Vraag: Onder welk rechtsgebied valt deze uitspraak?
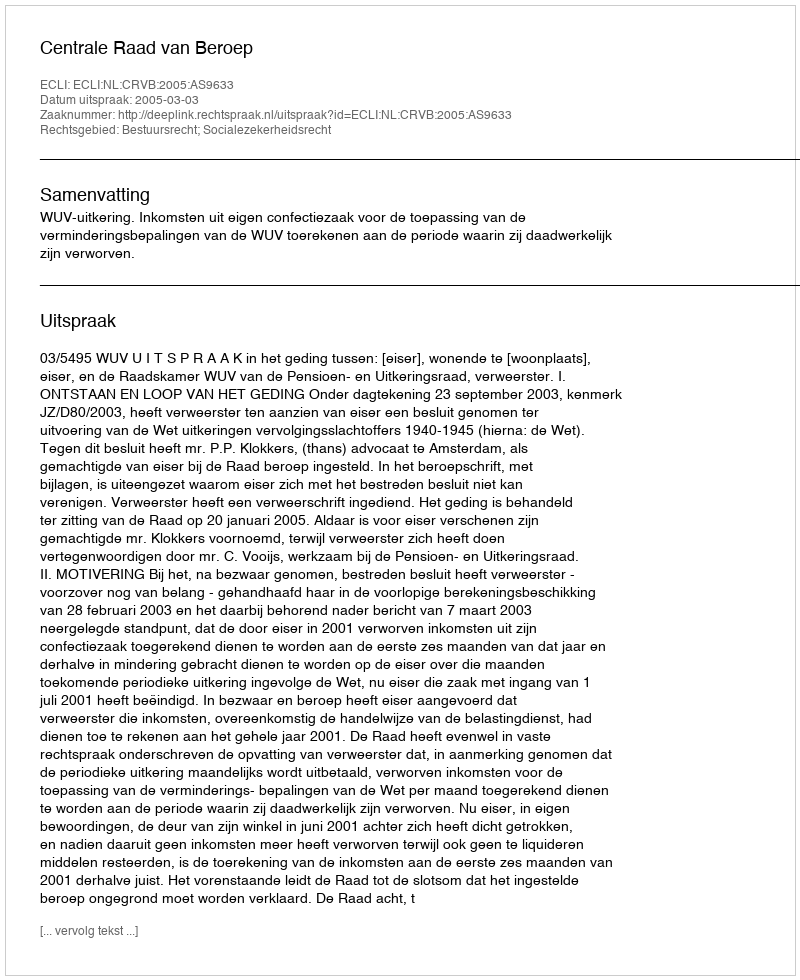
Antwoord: Bestuursrecht; Socialezekerheidsrecht